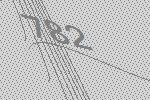
782